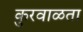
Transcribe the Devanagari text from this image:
कुरवाळता